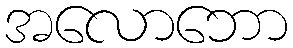
အလောဘော